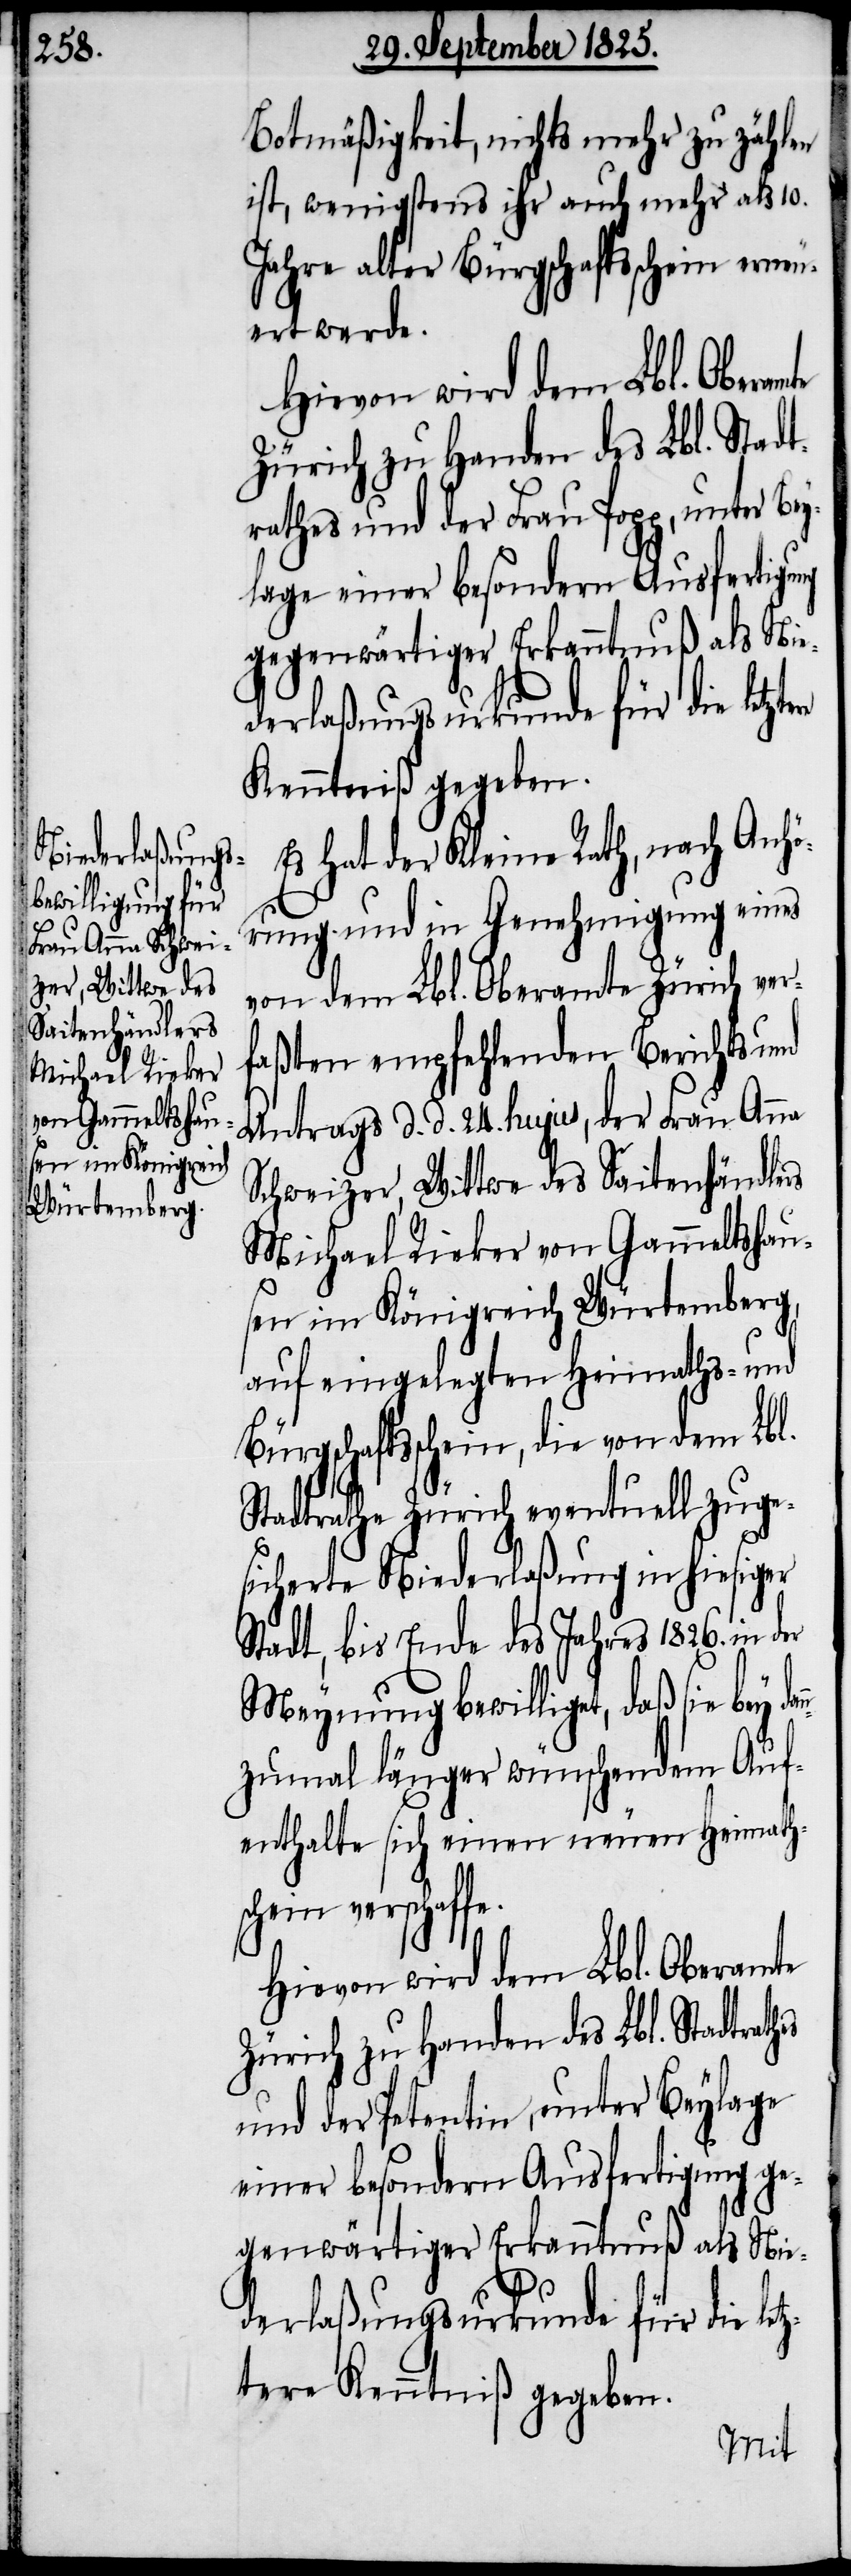
Botmäßigkeit, nichts mehr zu zählen
ist, wenigstens ihr auch mehr als 10.
Jahre alter Bürgschaftschein erneu¬
ert werde.
Hievon wird dem Lbl. Stadt¬
Zürich zu Handen des Lbl. Stadt¬
rathes und der Frau Popp, unter Be¬
ylage einer besondern Ausfertigung
gegenwärtiger Erkanntnuß als Nie¬
derlaßungsurkunde für die letzt¬
Kenntniß gegeben.
Es hat der Kleine Rath, nach Anhö¬
rung und in Genehmigung eines
von dem Lbl. Oberamte Zürich ver¬
faßten empfehlenden Berichts und
Antrags d. d. 24. hujus, der Frau Anna
Schweizer, Wittwe des Saitenhändlers
Michael Rieker von Gammeltshau¬
sen im Königreich Würtemberg,
auf eingelegten Heimaths- und
Bürgschaftschein, die von dem Lbl.
en
Stadtrathe Zürich eventuell zuge¬
sicherte Niederlaßung in hiesiger
Stadt, bis Ende des Jahres 1826. in der
Meynung bewilliget, daß sie bey dan¬
nzumal länger wünschendem Auf¬
enthalte sich einen neuen Heimath¬
schein verschaff¬
Hievon wird dem Lbl. Oberamte
und der Petentin, unter Beylage
einer besondern Ausfertigung ge¬
genwärtiger Erkanntnuß als Nie¬
rathes
derlaßungsurkunde für die letz¬
tere Kenntniß gegeben.